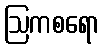
ဩကစရော